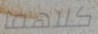
كلاهما